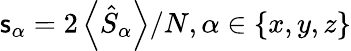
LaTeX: \mathsf{s}_{\alpha}=2\left\langle\hat{{S}}_{\alpha}\right\rangle/N,\alpha\in\{ x,y,z\}